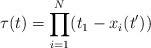
\begin{align*}\tau(t)=\prod_{i=1}^N(t_1-x_i(t'))\end{align*}